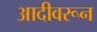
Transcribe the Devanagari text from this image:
आदीवरून